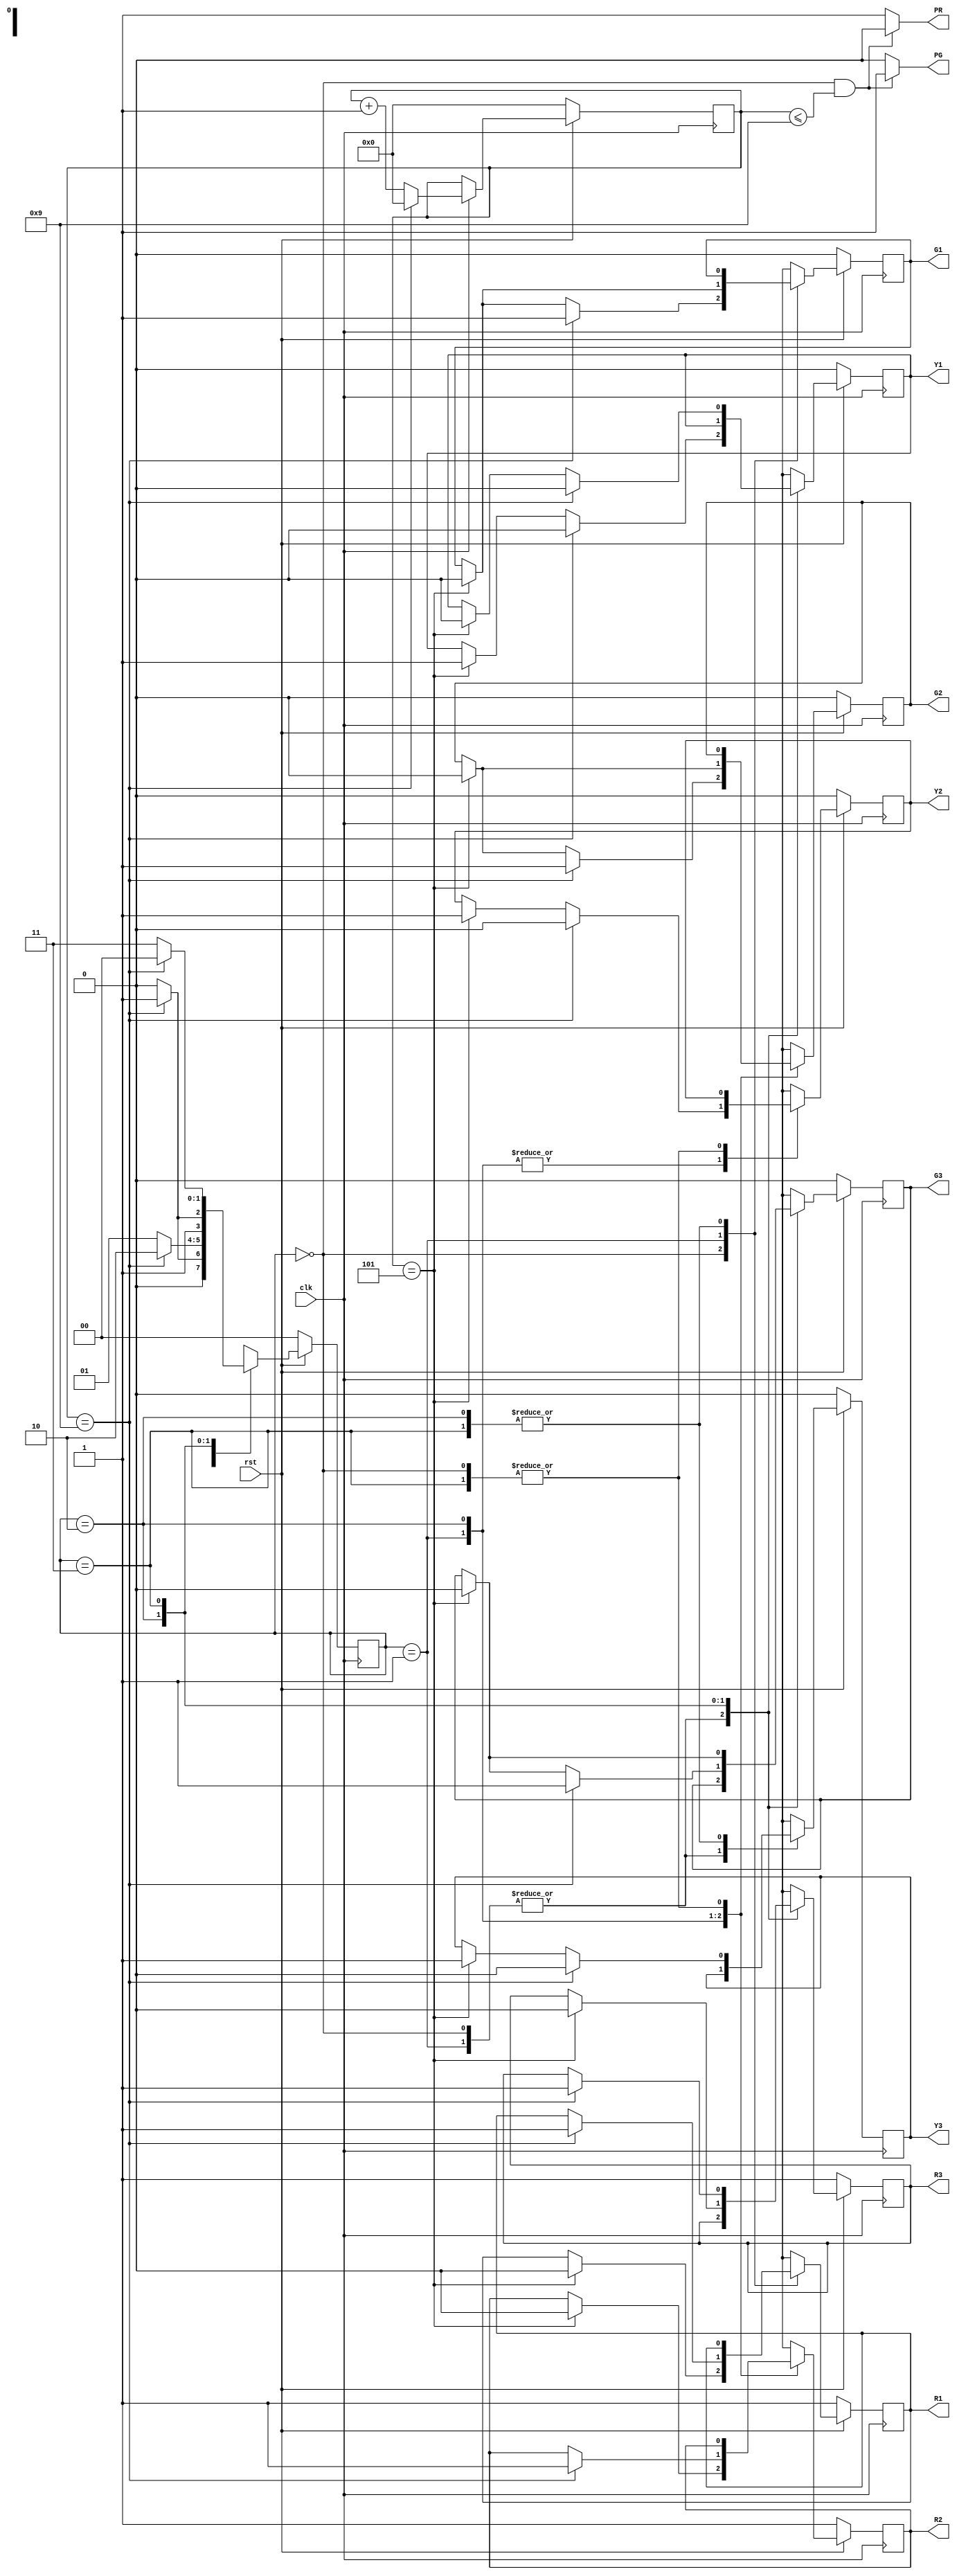
module projectbased(R1,R2,R3,G1,G2,G3,Y1,Y2,Y3,PR,PG,clk,rst);                  
output reg R1,R2,R3,G1,G2,G3,Y1,Y2,Y3,PR,PG;
input clk,rst;
reg [3:0]count;
reg [1:0]state = 2'b0;

always@(posedge clk)
begin
if(~rst)
begin
     R1 = 1'b1; G1 = 1'b0; Y1 = 1'b0;
		R2 = 1'b1; G2 = 1'b0; Y2 = 1'b0;
		R3 = 1'b1; G3 = 1'b0; Y3 = 1'b0;
     state=2'b00;
end
else 
 begin
  case(state)

    2'b00://SIGNAL AT SIGNAL LIGHTS ONE

          begin
			 
           if(count==4'b0101)
            begin
				G1 = 1'b0;
             R1 = 1'b0;
				 Y1 = 1'b1;
				 
            end
           if(count==4'b1001)
            begin
            G1 = 1'b1;
				Y1 = 1'b0; 
				state=2'b01;
            end
            else
            state=2'b00;
           end
          
    2'b01://SIGNAL AT SIGNAL LIGHTS TWO

          begin
          if(count==4'b0101)
           begin
              				Y1 = 1'b1; 
					G1 = 1'b0;
					R2 = 1'b0; 
					Y2 = 1'b1; 
					G2 = 1'b0;
           end
          if(count==4'b1001)
           begin
            R1 = 1'b1; 
					Y1 = 1'b0;
					Y2 = 1'b0; 
					G2 = 1'b1;
					state = 2'b10; 
           end
          else
           state=2'b01;
          end           
 
    2'b10://SIGNAL AT SIGNAL LIGHTS THREE
          begin
          if(count==4'b0101)
           begin
            Y2 = 1'b1; 
					G2 = 1'b0;
					R3 = 1'b0; 
					Y3 = 1'b1; 
					G3 = 1'b0;
           end
          if(count==4'b1001)
           begin
            R2 = 1'b1; 
				Y2 = 1'b0;
				Y3 = 1'b0; 
				G3 = 1'b1;
					state = 2'b11; 
           end
          else
           state=2'b10;
       end
    2'b11://ALL SIGNAL HIGH TO ALLOW PEDESTRIALS TO CROSS
    				begin      
				if(count==4'b0101)
           begin
			  Y1= 1'b0;
            Y3 = 1'b1; 
					G3 = 1'b0;
           end
          if(count==4'b1001)
           begin
			  Y1 =1'b0;
            R3 = 1'b1; 
					Y3 = 1'b0;
					state = 2'b00; 
           end
          else
           state=2'b11;
          end
       endcase
   end
end

always@(count,state)
begin
    if((state==2'b00)&&(count<=4'b1001))
     begin
       PR = 1'b0;
		  PG = 1'b1;
     end
   else
     begin
       PR = 1'b1;
		  PG = 1'b0;
     end
end

//always@(posedge clk_sec)
always@(posedge clk)
begin
	if(rst==1'b0)
      count=4'b0000;
   //else if(clk_sec)
	else if(clk)
     	 	begin
        		if(count[3:0]==4'b1001)
           	count[3:0]=4'b00000000;
				else
           		count[3:0]=count[3:0]+1;
     		end
end

endmodule